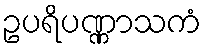
ဥပရိပဏ္ဏာသကံ